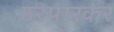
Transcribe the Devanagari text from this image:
ठरपारकर